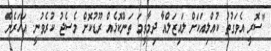
"ސޮރީ އެވަގުތު ކުއްލިއަކަށް ލައިޒަލްއާ ދިމާވީމަ ތަންކޮޅެއް ރޫޑުކޮށް މެސެޖު ކުރެވުނީ. އަހަރެން